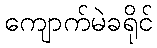
ကျောက်မဲခရိုင်